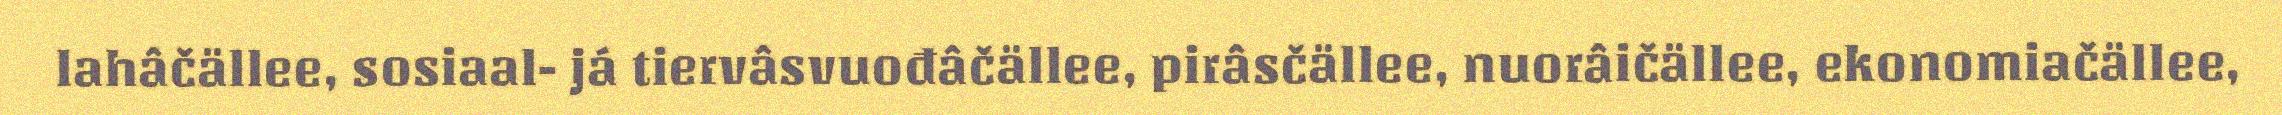
lahâčällee, sosiaal- já tiervâsvuođâčällee, pirâsčällee, nuorâičällee, ekonomiačällee,